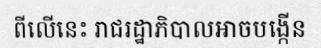
ពីលើនេះ រាជរដ្ឋាភិបាលអាចបង្កើន